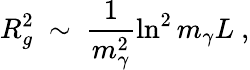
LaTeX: R_{g}^{2}\ \sim\ \frac 1{m_{\gamma}^{2}}\ln^{2}m_{\gamma}L\ ,